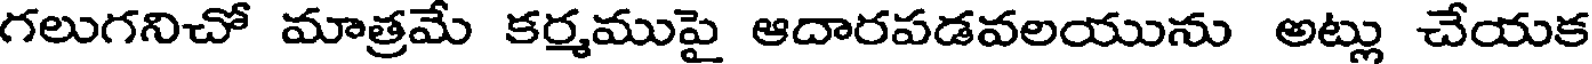
గలుగనిచో మాత్రమే కర్మముపై ఆదారపడవలయును అట్లు చేయక